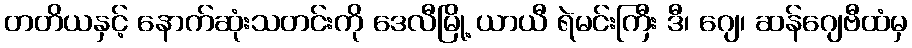
တတိယနှင့် နောက်ဆုံးသတင်းကို ဒေလီမြို့ ယာယီ ရဲမင်းကြီး ဒီ၊ ဂျေ၊ ဆန်ဂျေဗီထံမှ